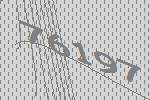
76197